Report of the Imperial Institute of Veterinary Research, Muktesar
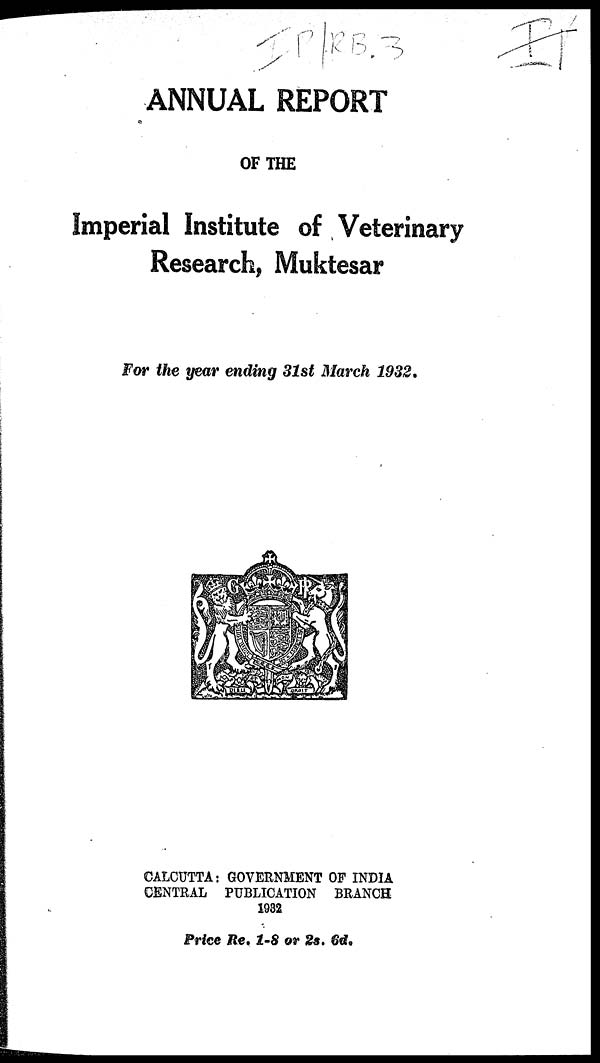
ANNUAL REPORT
OF THE
Imperial Institute of Veterinary
Research, Muktesar
For the year ending 31st March 1932.
CALCUTTA : GOVERNMENT OF INDIA
CENTRAL PUBLICATION BRANCH
1932
Price Re. 1-8 or 2s. 6d.